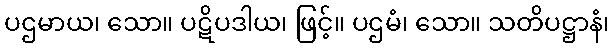
ပဌမာယ၊ သော။ ပဋိပဒါယ၊ ဖြင့်။ ပဌမံ၊ သော။ သတိပဋ္ဌာနံ၊